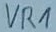
Text: VR1